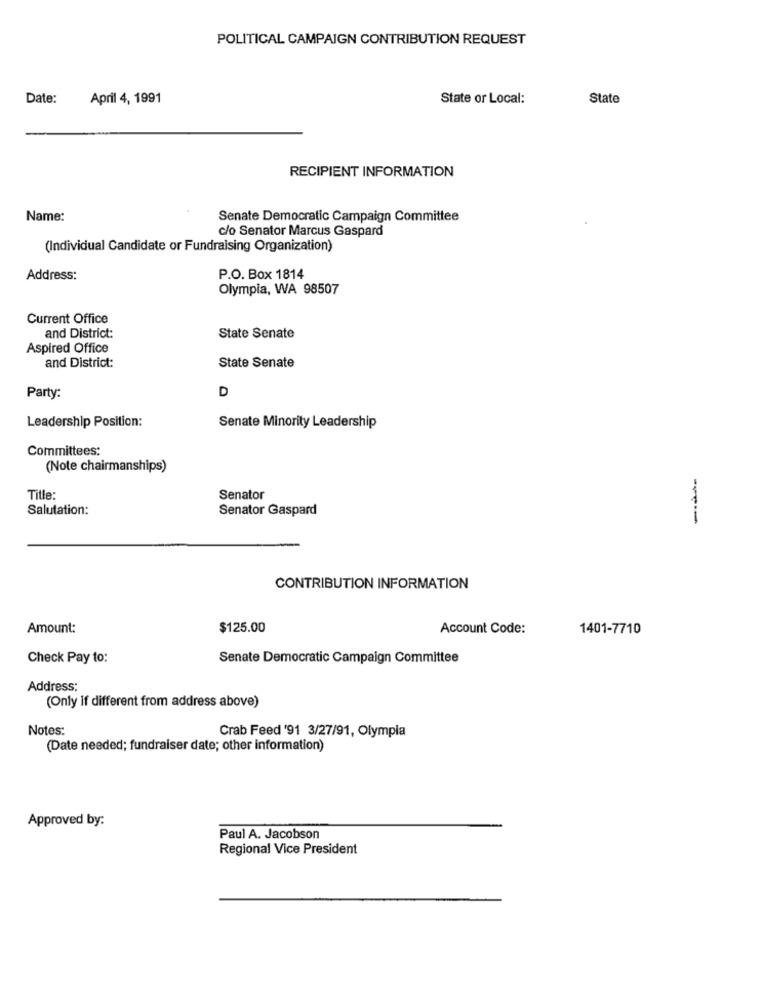
POLITICAL CAMPAIGN CONTRIBUTION REQUEST
Date:
April 4, 1991
State or Local:
State
RECIPIENT INFORMATION
Name:
Senate Democratic Campaign Committee
c/o Senator Marcus Gaspard
(Individual Candidate or Fundraising Organization)
Address:
P.O. Box 1814
Olympia, WA 98507
Current Office
and District:
State Senate
Aspired Office
and District:
State Senate
D
Party:
Leadership Position:
Senate Minority Leadership
Committees:
(Note chairmanships)
Title:
Senator
Salutation:
Senator Gaspard
---
CONTRIBUTION INFORMATION
Amount:
$125.00
Account Code:
1401-7710
Check Pay to:
Senate Democratic Campaign Committee
Address:
(Only if different from address above)
Notes:
Crab Feed '91 3/27/91, Olympia
(Date needed; fundraiser date; other information)
Approved by:
Paul A. Jacobson
Regional Vice President